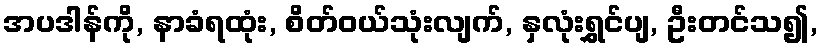
အပဒါန်ကို, နာခံရထုံး, စိတ်ဝယ်သုံးလျက်, နှလုံးရွှင်ပျ, ဦးတင်သ၍,